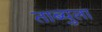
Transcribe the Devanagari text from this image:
ताब्युला